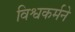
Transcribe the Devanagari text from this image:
विश्वकर्मने